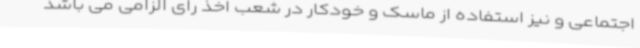
اجتماعی و نیز استفاده از ماسک و خودکار در شعب اخذ رای الزامی می باشد